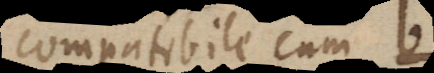
compatibile cum b,